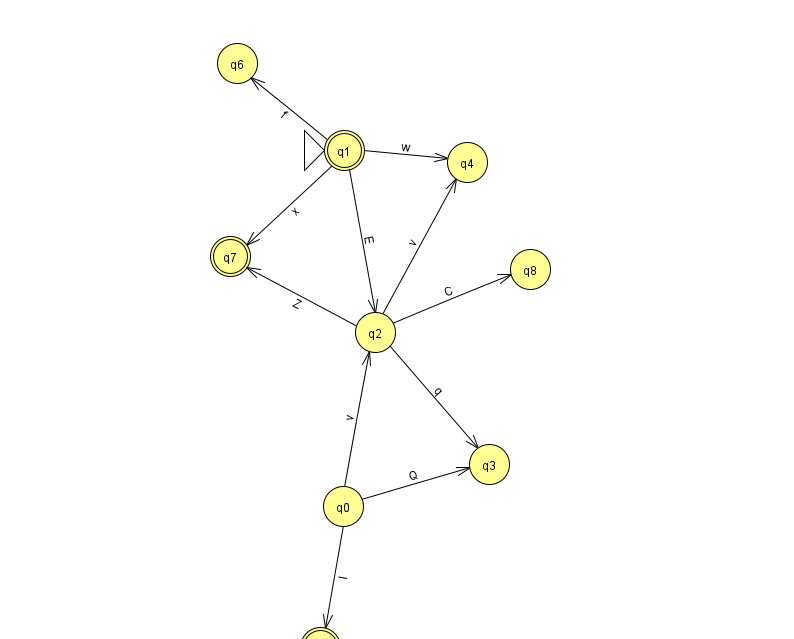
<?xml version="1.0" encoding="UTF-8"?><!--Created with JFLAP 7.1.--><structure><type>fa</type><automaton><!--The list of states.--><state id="0" name="q0"><x>343.0</x><y>493.0</y></state><state id="1" name="q1"><x>344.0</x><y>137.0</y><initial/><final/></state><state id="2" name="q2"><x>375.0</x><y>319.0</y></state><state id="3" name="q3"><x>489.0</x><y>451.0</y></state><state id="4" name="q4"><x>467.0</x><y>149.0</y></state><state id="5" name="q5"><x>320.0</x><y>634.0</y><final/></state><state id="6" name="q6"><x>237.0</x><y>50.0</y></state><state id="7" name="q7"><x>230.0</x><y>243.0</y><final/></state><state id="8" name="q8"><x>530.0</x><y>256.0</y></state><!--The list of transitions.--><transition><from>1</from><to>4</to><read>w</read></transition><transition><from>2</from><to>4</to><read>v</read></transition><transition><from>0</from><to>2</to><read>v</read></transition><transition><from>2</from><to>3</to><read>q</read></transition><transition><from>1</from><to>2</to><read>E</read></transition><transition><from>0</from><to>3</to><read>Q</read></transition><transition><from>0</from><to>5</to><read>I</read></transition><transition><from>2</from><to>7</to><read>Z</read></transition><transition><from>1</from><to>7</to><read>x</read></transition><transition><from>2</from><to>8</to><read>C</read></transition><transition><from>1</from><to>6</to><read>f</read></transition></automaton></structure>